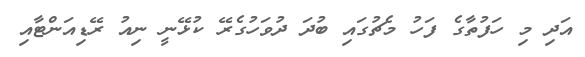
އަދި މި ހަފުތާގެ ފަހު މެޗުގައި ބުދަ ދުވަހުގެރޭ ކުޅޭނީ ނިއު ރޭޑިއަންޓާއި